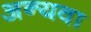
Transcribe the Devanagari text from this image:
अन्यवा